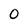
Character: 0